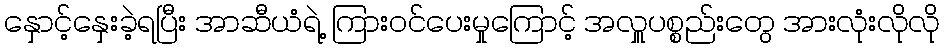
နှောင့်နှေးခဲ့ရပြီး အာဆီယံရဲ့ ကြားဝင်ပေးမှုကြောင့် အလှူပစ္စည်းတွေ အားလုံးလိုလို